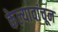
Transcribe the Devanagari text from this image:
केल्यावांचून